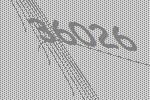
36026